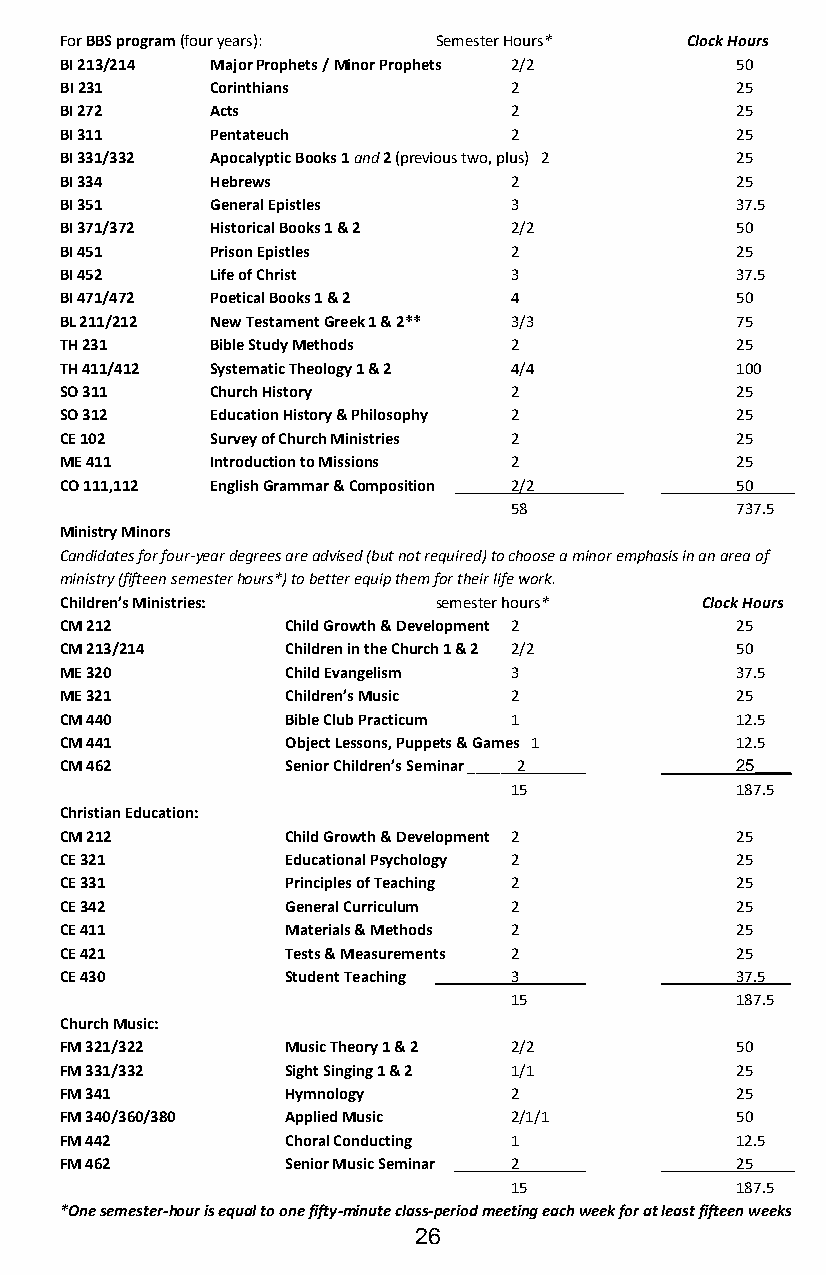
For BBS program (four years): Semester Hours* Clock Hours
 BI 213/214 Major Prophets / Minor Prophets 2/2 50
 BI 231    Corinthians         2              25
 BI 272    Acts                2              25
 BI 311    Pentateuch          2              25
 BI 331/332 Apocalyptic Books 1 and 2 (previous two, plus) 2 25
 BI 334    Hebrews             2              25
 BI 351    General Epistles    3              37.5
 BI 371/372 Historical Books 1 & 2 2/2        50
 BI 451    Prison Epistles     2              25
 BI 452    Life of Christ      3              37.5
 BI 471/472 Poetical Books 1 & 2 4            50
 BL 211/212 New Testament Greek 1 & 2** 3/3   75
 TH 231    Bible Study Methods 2              25
 TH 411/412 Systematic Theology 1 & 2 4/4     100
 SO 311    Church History      2              25
 SO 312    Education History & Philosophy 2   25
 CE 102    Survey of Church Ministries 2      25
 ME 411    Introduction to Missions 2         25
 CO 111,112 English Grammar & Composition 2/2 50_____
 58             737.5
 Ministry Minors
 Candidates for four-year degrees are advised (but not required) to choose a minor emphasis in an area of
 ministry (fifteen semester hours*) to better equip them for their life work.
 Children’s Ministries:   semester hours*  Clock Hours
 CM 212         Child Growth & Development 2  25
 CM 213/214     Children in the Church 1 & 2 2/2 50
 ME 320         Child Evangelism 3            37.5
 ME 321         Children’s Music 2            25
 CM 440         Bible Club Practicum 1        12.5
 CM 441         Object Lessons, Puppets & Games 1 12.5
 CM 462         Senior Children’s Seminar ______2 25____
 15             187.5
 Christian Education:
 CM 212         Child Growth & Development 2  25
 CE 321         Educational Psychology 2      25
 CE 331         Principles of Teaching 2      25
 CE 342         General Curriculum 2          25
 CE 411         Materials & Methods 2         25
 CE 421         Tests & Measurements 2        25
 CE 430         Student Teaching 3            37.5___
 15             187.5
 Church Music:
 FM 321/322     Music Theory 1 & 2 2/2        50
 FM 331/332     Sight Singing 1 & 2 1/1       25
 FM 341         Hymnology      2              25
 FM 340/360/380 Applied Music  2/1/1          50
 FM 442         Choral Conducting 1           12.5
 FM 462         Senior Music Seminar 2        25_____
 15             187.5
 *One semester-hour is equal to one fifty-minute class-period meeting each week for at least fifteen weeks
 26